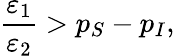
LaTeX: \frac{\varepsilon_{1}}{\varepsilon_{2}}>p_{S}-p_{I},